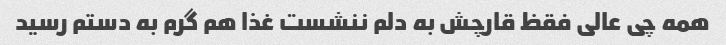
همه چی عالی فقظ قارچش به دلم ننشست غذا هم گرم به دستم رسید